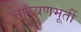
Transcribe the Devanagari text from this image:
नारयणमूर्ती